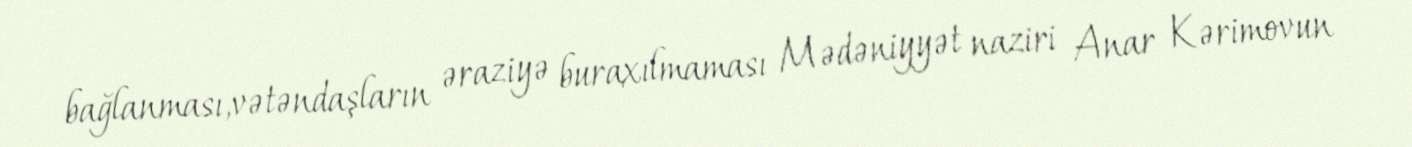
bağlanması,vətəndaşların əraziyə buraxılmaması Mədəniyyət naziri Anar Kərimovun